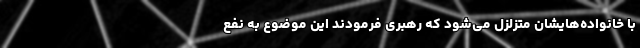
با خانواده‌هایشان متزلزل می‌شود که رهبری فرمودند این موضوع به نفع